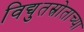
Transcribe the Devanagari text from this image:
विद्युतस्रोताच्या